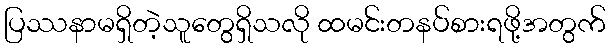
ပြဿနာမရှိတဲ့သူတွေရှိသလို ထမင်းတနပ်စားရဖို့အတွက်